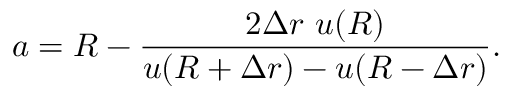
a = R - \frac { 2 \Delta r \ u ( R ) } { u ( R + \Delta r ) - u ( R - \Delta r ) } .